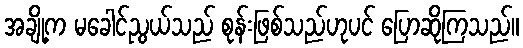
အချို့က မခေါင်ညွယ်သည် စုန်းဖြစ်သည်ဟုပင် ပြောဆိုကြသည်။